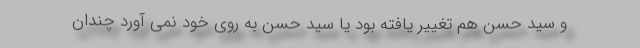
و سید حسن هم تغییر یافته بود یا سید حسن به روی خود نمی آورد چندان